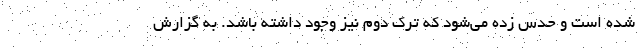
شده است و حدس زده می‌شود که ترک دوم نیز وجود داشته باشد. به گزارش